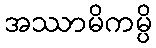
အဿာမိကမ္ပိ